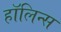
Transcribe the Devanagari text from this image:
हॉलिन्स